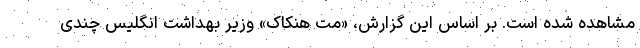
مشاهده شده است. بر اساس این گزارش، «مت هنکاک» وزیر بهداشت انگلیس چندی